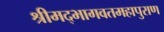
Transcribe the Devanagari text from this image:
श्रीमद्भागवतमहापुराण